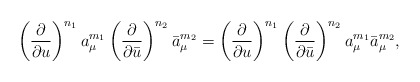
\begin{align*}\left( \frac{\partial}{\partial u} \right)^{n_1} a_{\mu}^{m_1} \left( \frac{\partial}{\partial \bar{u}} \right)^{n_2} \bar{a}_{\mu}^{m_2} = \left( \frac{\partial}{\partial u} \right)^{n_1} \left( \frac{\partial}{\partial \bar{u}} \right)^{n_2} a_{\mu}^{m_1} \bar{a}_{\mu}^{m_2},\end{align*}